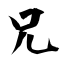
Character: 兄